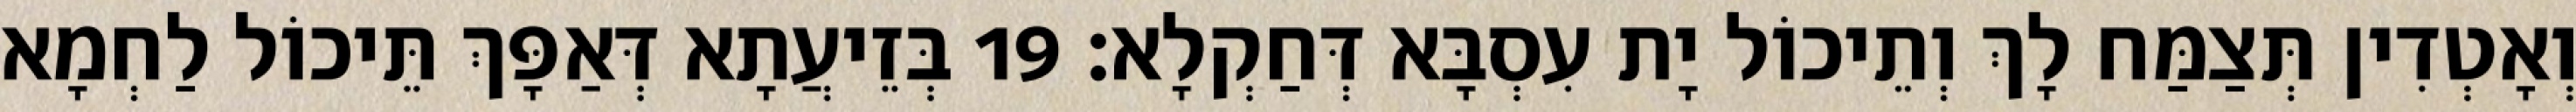
וְאָטְדִין תְּצַמַּח לָךְ וְתֵיכוֹל יָת עִסְבָּא דְּחַקְלָא׃ 19 בְּזֵיעֲתָא דְּאַפָּךְ תֵּיכוֹל לַחְמָא